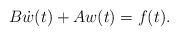
LaTeX: \begin{align*}B\dot{w}(t)+ A {w}(t)=f(t).\end{align*}